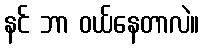
နင် ဘာ ဝယ်နေတာလဲ။